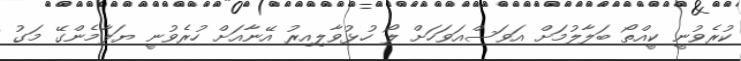
ކުރެވުނީ ކީއްތޯ ބަލާލުމަށް އަވަސްއަވަހަށް ލޯ ހުޅުވާލިއިރު އޭނާއަށް ހުރެވުނީ ޔަލާމެންގޭ މަގު